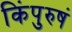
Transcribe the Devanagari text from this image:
किंपुरुषं